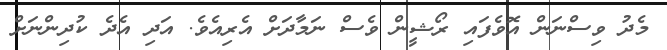
މެދު ވިސްނަން އޮވެފައި ރޯޝީން ވެސް ނަމާދަށް އެރިއެވެ. އަދި އެދެ ކުދިންނަށް